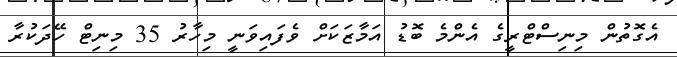
އެގޮތުން މިނިސްޓްރީގެ އެންމެ ބޮޑު އަމާޒަކަށް ވެފައިވަނީ މިހާރު 35 މިނިޓް ހޭދަކުރާ